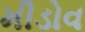
મીડોવ